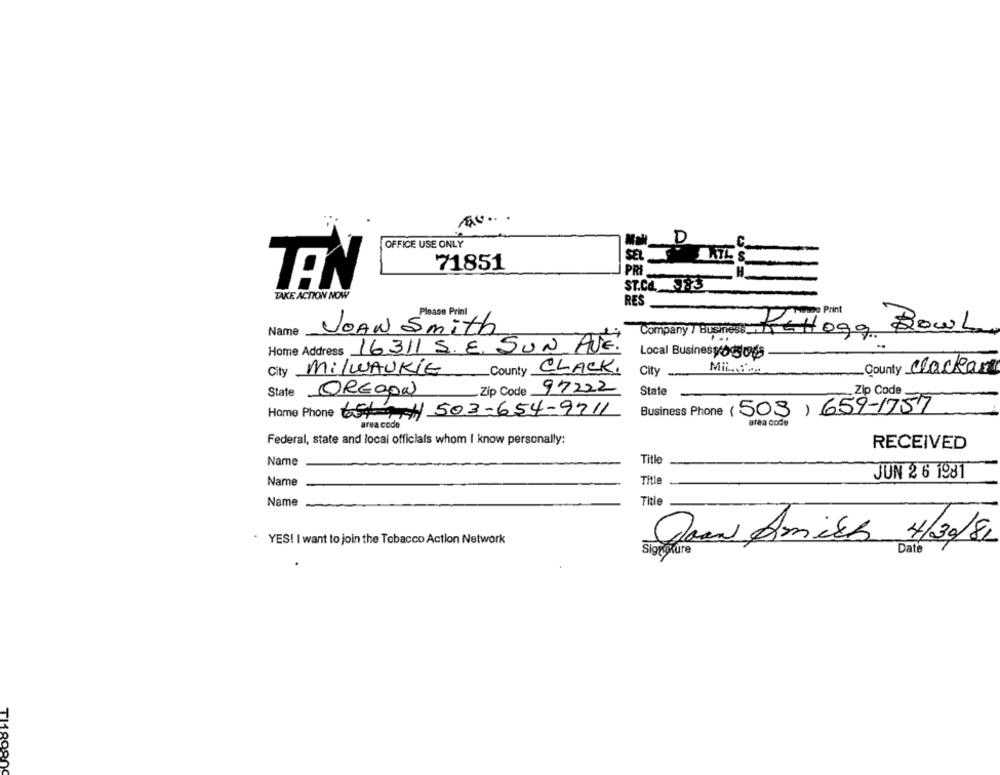
OFFICE USE ONLY
Mail D
C.
SELLS
71851
PRI
TEN
ST.CONF.
TAKE ACTION NOW
RES
Print
Please Print
Name
JOAN Smith
BOWL.
Company / Business KEHtoga
Home Address 16311 S. E. SUN AVE.
Local Businesyog048
City MilWAUKLE
County CLACK,
City
Mil .....
County Clackan
Zip Code 97222
State OREGON
State
Zip Code
Home Phone 5/4/503-654-9711
Business Phone (503) 659-1757
area code
area code
Federal, state and local officials whom I know personally:
RECEIVED
Name
Title
Name
Title
JUN 2 6 1981
Name
Title
-
YES! I want to join the Tobacco Action Network
Down Amich 4/30/81
Date
TI18980